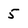
Character: 5